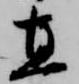
直